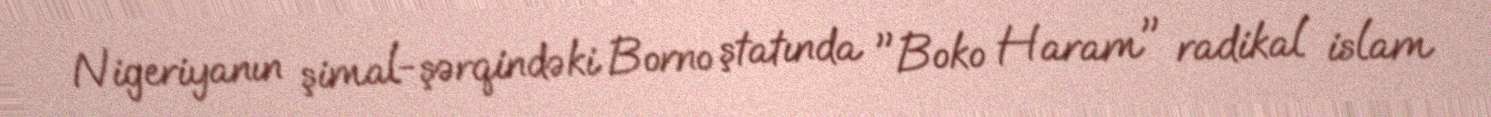
Nigeriyanın şimal-şərqindəki Borno ştatında "Boko Haram" radikal islam